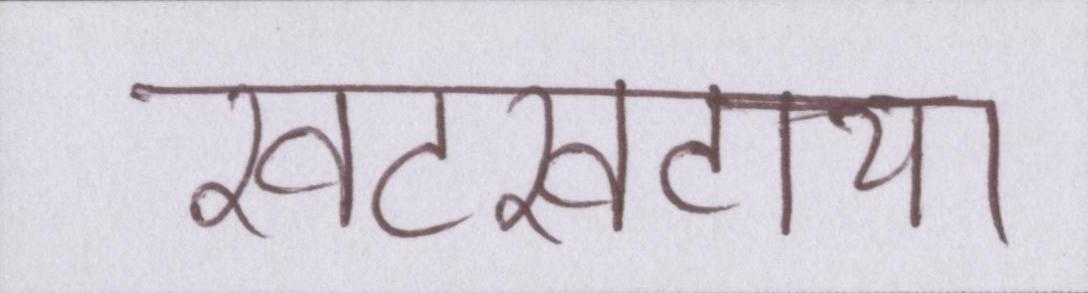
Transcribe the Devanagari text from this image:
खटखटाया